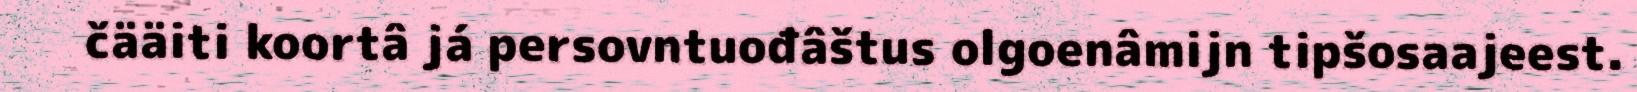
čääiti koortâ já persovntuođâštus olgoenâmijn tipšosaajeest.